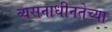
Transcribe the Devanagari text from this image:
व्यसनाधीनतेच्या